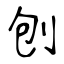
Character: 刨